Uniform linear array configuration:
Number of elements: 48
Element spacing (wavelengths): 1
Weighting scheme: binomial
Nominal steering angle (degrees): -30
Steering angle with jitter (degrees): -31.585
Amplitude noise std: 0.05
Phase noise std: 0.05

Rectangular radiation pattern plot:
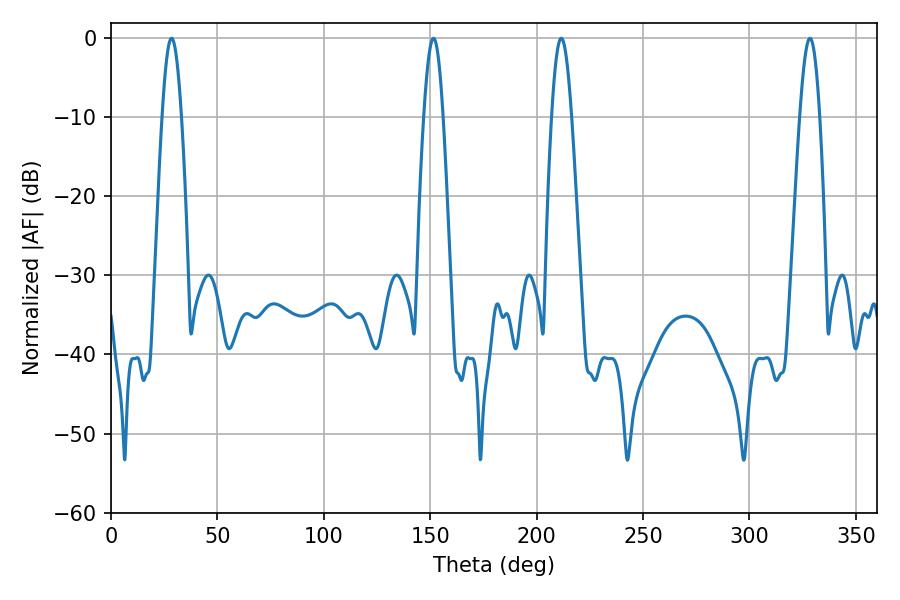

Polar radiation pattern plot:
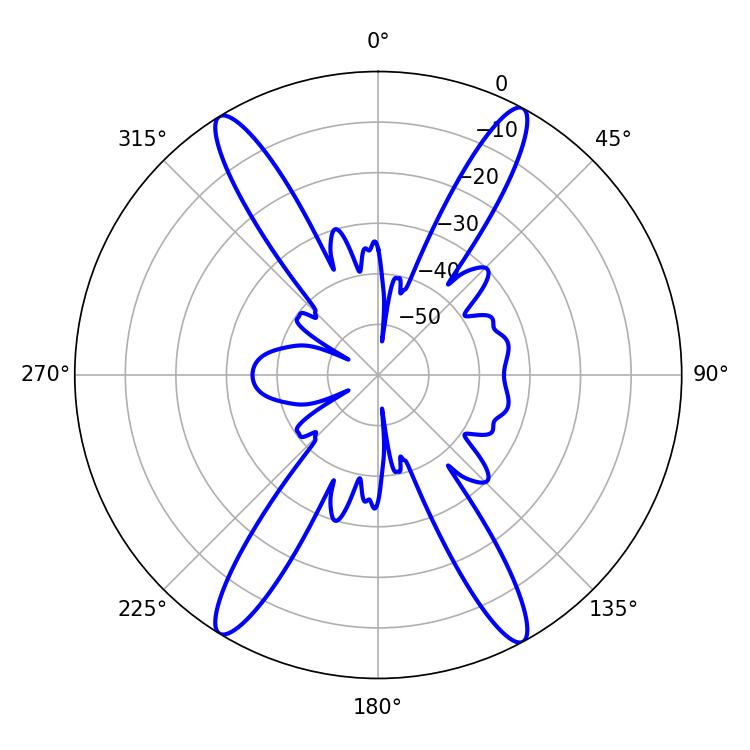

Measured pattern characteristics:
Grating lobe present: TRUE
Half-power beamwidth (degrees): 4.86
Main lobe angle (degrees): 28.44